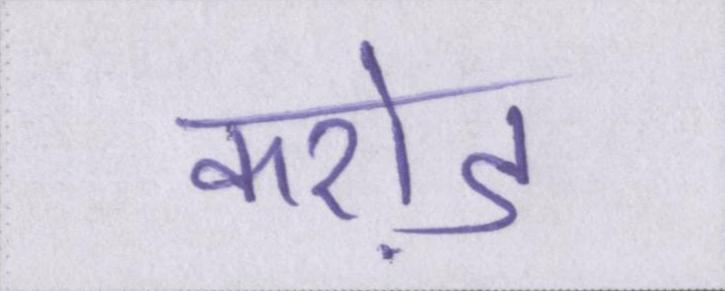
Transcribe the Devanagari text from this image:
करो़ड